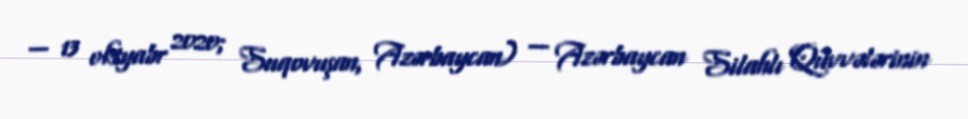
— 13 oktyabr 2020; Suqovuşan, Azərbaycan) — Azərbaycan Silahlı Qüvvələrinin